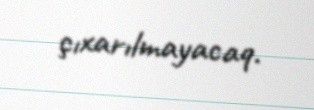
çıxarılmayacaq.